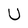
Character: U